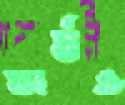
ফার্মও